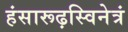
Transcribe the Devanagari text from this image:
हंसारूढ़स्विनेत्रं